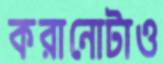
করানোটাও